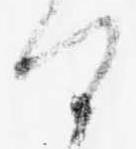
日